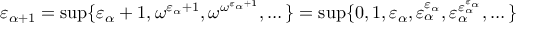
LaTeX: \varepsilon _ { \alpha + 1 } = \operatorname* { s u p } \{ \varepsilon _ { \alpha } + 1 , \omega ^ { \varepsilon _ { \alpha } + 1 } , \omega ^ { \omega ^ { \varepsilon _ { \alpha } + 1 } } , \dots \} = \operatorname* { s u p } \{ 0 , 1 , \varepsilon _ { \alpha } , \varepsilon _ { \alpha } ^ { \varepsilon _ { \alpha } } , \varepsilon _ { \alpha } ^ { \varepsilon _ { \alpha } ^ { \varepsilon _ { \alpha } } } , \dots \}